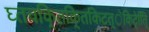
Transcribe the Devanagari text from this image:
घ्तचकि्तकि्तकिटत्ेकिटे्ति्ि